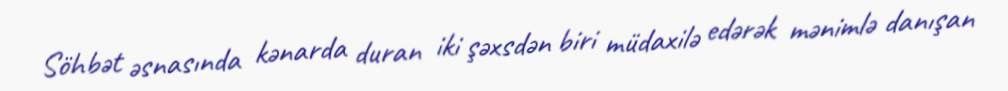
Söhbət əsnasında kənarda duran iki şəxsdən biri müdaxilə edərək mənimlə danışan